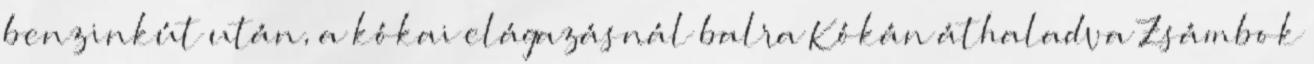
benzinkút után, a kókai elágazásnál balra Kókán áthaladva Zsámbok